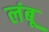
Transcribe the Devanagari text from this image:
लंबू